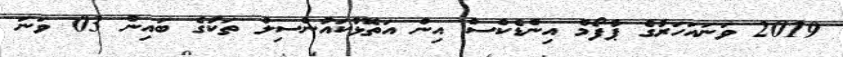
2019 ވަނައަހަރުގެ ޕާފޯމް އިންޑެކްސް އިން އަތޮޅުކައުންސިލް ތަކުގެ ބައިން 03 ވަނަ